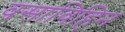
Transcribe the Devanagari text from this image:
वसाविहिन